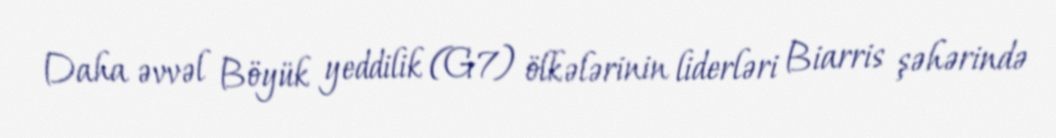
Daha əvvəl Böyük yeddilik (G7) ölkələrinin liderləri Biarris şəhərində